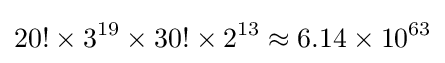
20!\times 3^{19}\times 30!\times 2^{13}\approx 6.14\times 10^{63}